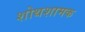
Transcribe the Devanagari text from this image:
शोथशामक